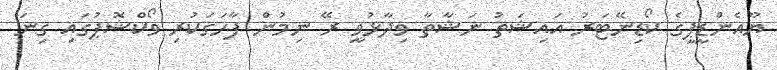
ޔޫއެންޑީޕީގެ ކޯޑިނޭޓަރު އައިޝަތު ނަޝާތާ ވިދާޅުވީ ރޭ ނިމުން ފާހަގަކުރި ވޯކްޝޮޕުގައި ގިނަ